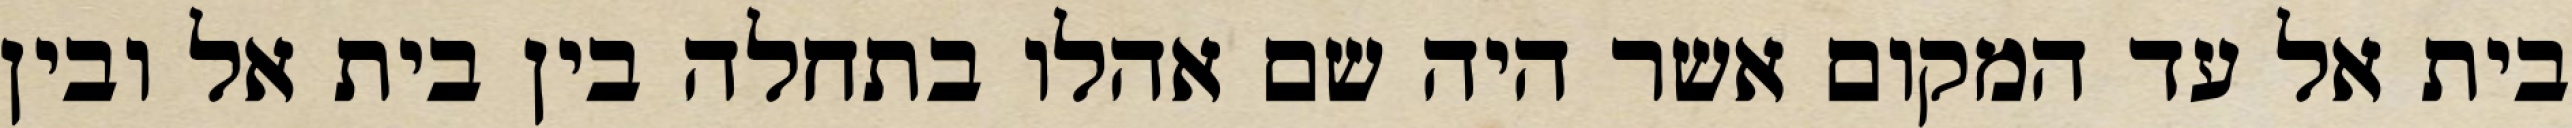
בית אל עד המקום אשר היה שם אהלו בתחלה בין בית אל ובין